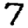
Digit: 7